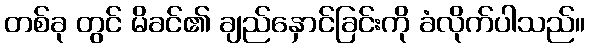
တစ်ခု တွင် မိခင်၏ ချည်နှောင်ခြင်းကို ခံလိုက်ပါသည်။